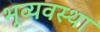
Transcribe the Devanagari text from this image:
भूव्यवस्था